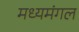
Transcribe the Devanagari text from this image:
मध्यमंगल